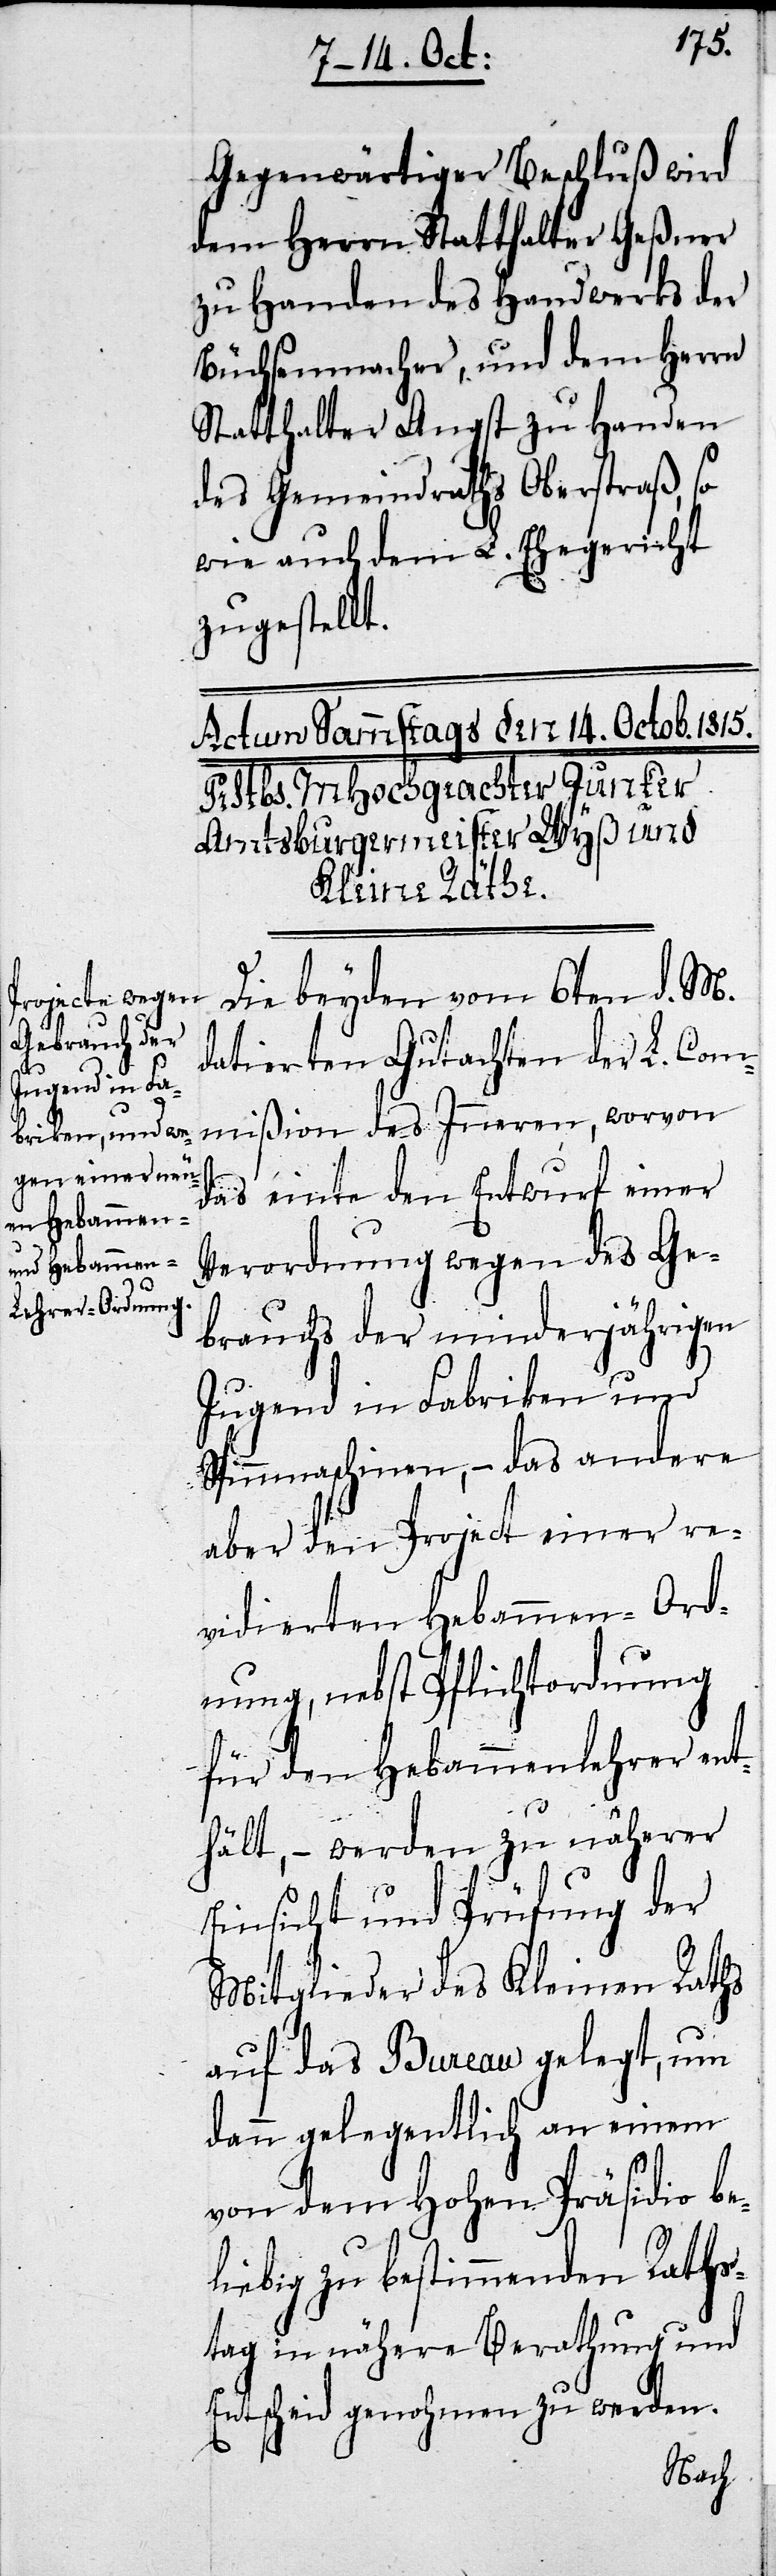
Gegenwärtiger Beschluß wird
dem Herrn Statthalter Geßner
zu Handen des Handwerks der
Büchsenmacher, und dem Herrn
Statthalter Angst zu Handen
des Gemeindraths Oberstraß, so
wie auch dem L. Ehegericht
zugestellt.
Die beyden vom 6ten d. M.
datierten Gutachten der L. Com¬
mißion den Inneren, worvon
das einte den Entwurf einer
Verordnung wegen des Ge¬
brauchs der minderjährigen
Jugend in Fabriken und
Spinnmaschinen, – das andere
aber den Project einer re¬
vidierten Hebammen-Ord¬
nung, nebst Pflichtordnung
für den Hebammenlehrer ent¬
hält, – werden zu näherer
Einsicht und Prüfung der
Mitglieder des Kleinen Raths
auf das Bureau gelegt, um
dann gelegentlich an einem
von dem Hohen Präsidio be¬
liebig zu bestimmenden Raths¬
tag in nähere Berathung und
Entscheid genohmen zu werden.